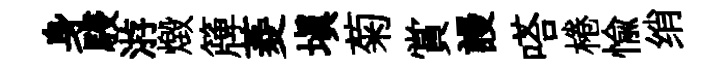
身駸㳺燬簰菱填菊賞謾嗒棬愉绡